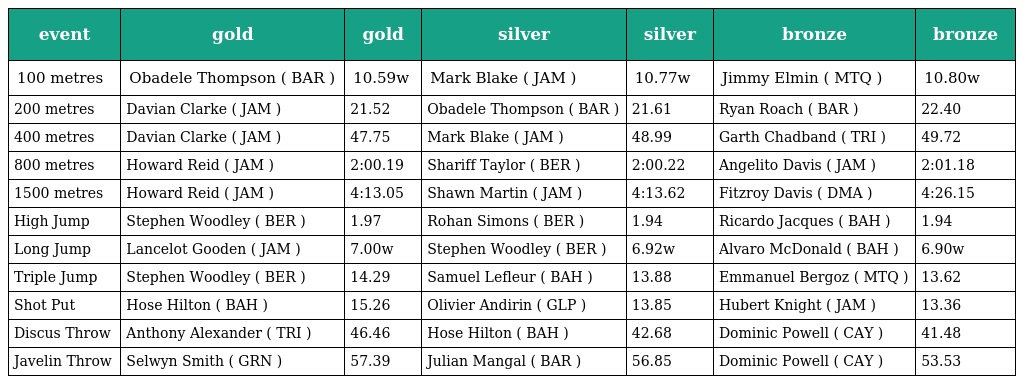
| event | gold | gold | silver | silver | bronze | bronze |
 | --- | --- | --- | --- | --- | --- | --- |
 | 100 metres | Obadele Thompson ( BAR ) | 10.59w | Mark Blake ( JAM ) | 10.77w | Jimmy Elmin ( MTQ ) | 10.80w |
 | 200 metres | Davian Clarke ( JAM ) | 21.52 | Obadele Thompson ( BAR ) | 21.61 | Ryan Roach ( BAR ) | 22.40 |
 | 400 metres | Davian Clarke ( JAM ) | 47.75 | Mark Blake ( JAM ) | 48.99 | Garth Chadband ( TRI ) | 49.72 |
 | 800 metres | Howard Reid ( JAM ) | 2:00.19 | Shariff Taylor ( BER ) | 2:00.22 | Angelito Davis ( JAM ) | 2:01.18 |
 | 1500 metres | Howard Reid ( JAM ) | 4:13.05 | Shawn Martin ( JAM ) | 4:13.62 | Fitzroy Davis ( DMA ) | 4:26.15 |
 | High Jump | Stephen Woodley ( BER ) | 1.97 | Rohan Simons ( BER ) | 1.94 | Ricardo Jacques ( BAH ) | 1.94 |
 | Long Jump | Lancelot Gooden ( JAM ) | 7.00w | Stephen Woodley ( BER ) | 6.92w | Alvaro McDonald ( BAH ) | 6.90w |
 | Triple Jump | Stephen Woodley ( BER ) | 14.29 | Samuel Lefleur ( BAH ) | 13.88 | Emmanuel Bergoz ( MTQ ) | 13.62 |
 | Shot Put | Hose Hilton ( BAH ) | 15.26 | Olivier Andirin ( GLP ) | 13.85 | Hubert Knight ( JAM ) | 13.36 |
 | Discus Throw | Anthony Alexander ( TRI ) | 46.46 | Hose Hilton ( BAH ) | 42.68 | Dominic Powell ( CAY ) | 41.48 |
 | Javelin Throw | Selwyn Smith ( GRN ) | 57.39 | Julian Mangal ( BAR ) | 56.85 | Dominic Powell ( CAY ) | 53.53 |